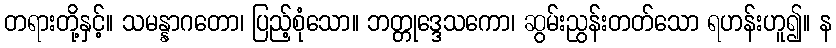
တရားတို့နှင့်။ သမန္နာဂတော၊ ပြည့်စုံသော။ ဘတ္တုဒ္ဒေသကော၊ ဆွမ်းညွန်းတတ်သော ရဟန်းဟူ၍။ န